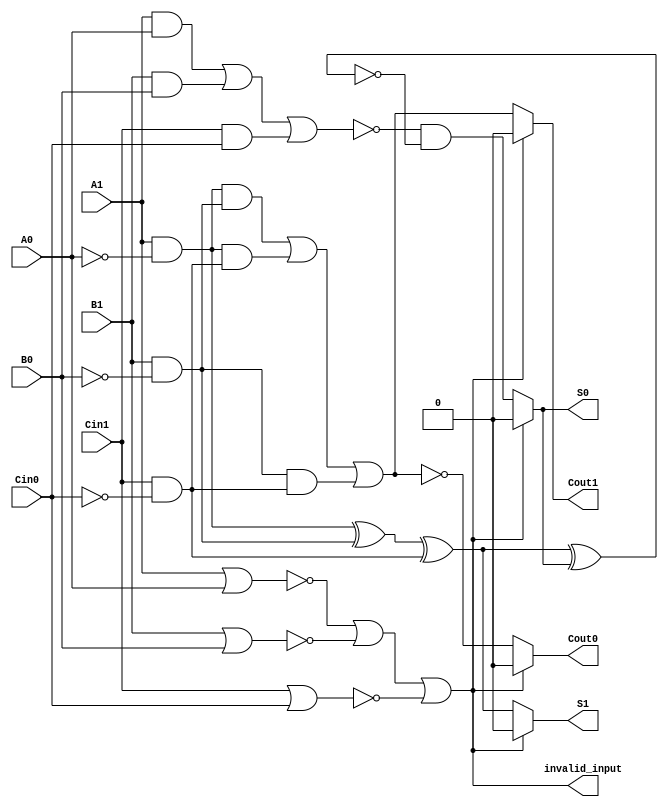
module dual_rail_full_adder (
    // Dual-rail inputs
    input A1, A0,        // Dual-rail representation of A
    input B1, B0,        // Dual-rail representation of B
    input Cin1, Cin0,    // Dual-rail representation of Cin
    // Dual-rail outputs
    output reg S1, S0,   // Dual-rail representation of Sum
    output reg Cout1, Cout0, // Dual-rail representation of Carry-out
    // Validity outputs (optional, can also be ignored)
    output reg invalid_input // Output to indicate invalid input
);

// Internal signals for single bit representations of inputs
wire A = A1 & ~A0;    // A = 1 when A1 is 1 and A0 is 0
wire B = B1 & ~B0;    // B = 1 when B1 is 1 and B0 is 0
wire Cin = Cin1 & ~Cin0; // Cin = 1 when Cin1 is 1 and Cin0 is 0

// Check for invalid inputs
always @(*) begin
    invalid_input = (~(A1 | A0) || ~(B1 | B0) || ~(Cin1 | Cin0)); // Check if any input is in an invalid state

    if (invalid_input) begin
        // Set outputs to invalid state if inputs are invalid
        S1 = 0; S0 = 0;     // Invalid output for sum
        Cout1 = 0; Cout0 = 0; // Invalid output for carry-out
    end else begin
        // Calculate sum and carry-out using given logic
        S1 = (A ^ B) ^ Cin; // S = A XOR B XOR Cin
        S0 = ~((A1 & A0) | (B1 & B0) | (Cin1 & Cin0)) & ~(S1 ^ S0); // Ensure dual-rail representation
        
        Cout1 = (A & B) | (A & Cin) | (B & Cin);
        Cout0 = ~Cout1; // Since Cout0 should be the inverse of Cout1

        // Apply dual-rail encoding for Cout
        Cout1 = Cout1 & ~Cout0; // Set Cout1 and reset Cout0 if Cuot1 is valid
    end
end

endmodule